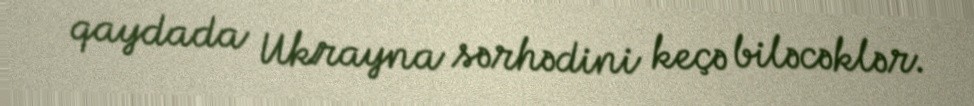
qaydada Ukrayna sərhədini keçə biləcəklər.